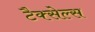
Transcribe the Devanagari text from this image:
टैक्सेल्स